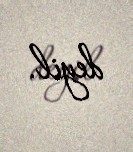
deyil.